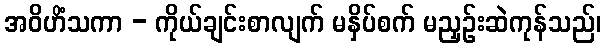
အဝိဟိံသကာ - ကိုယ်ချင်းစာလျက် မနှိပ်စက် မညှဉ်းဆဲကုန်သည်၊